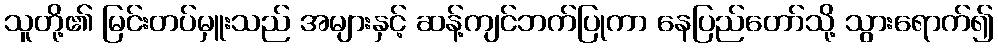
သူတို့၏ မြင်းတပ်မှူးသည် အများနှင့် ဆန့်ကျင်ဘက်ပြုကာ နေပြည်တော်သို့ သွားရောက်၍